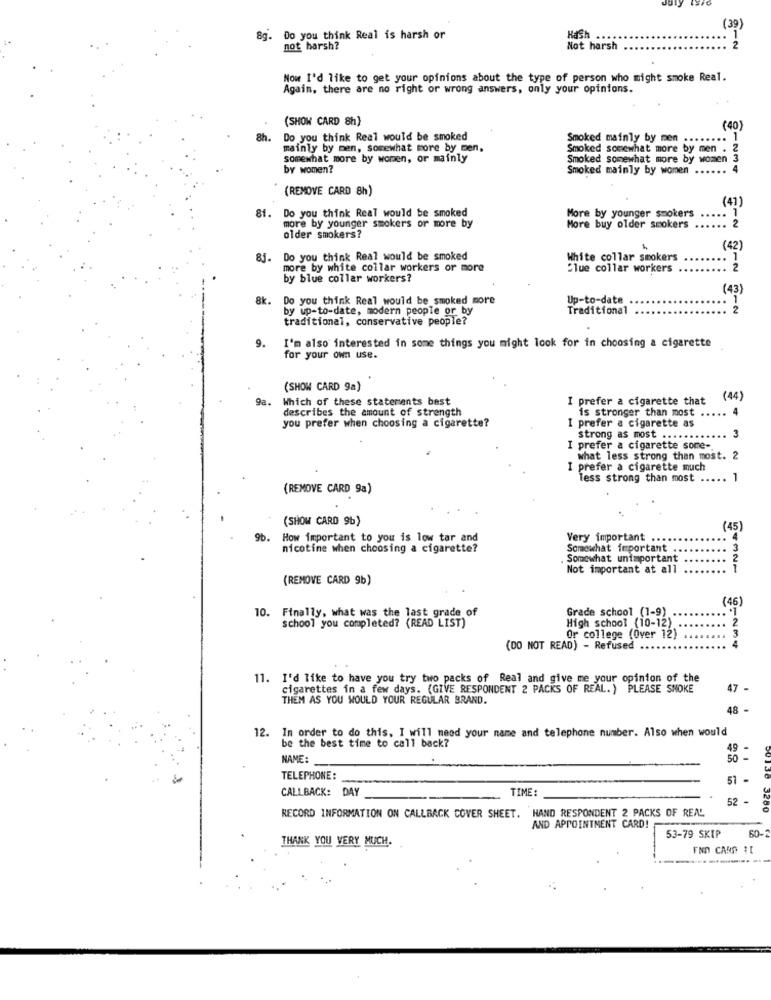
(39)
8g.
Do you think Real is harsh or
Hash
not harsh?
Not harsh
Now I'd like to get your opinions about the type of person who might smoke Real.
Again, there are no right or wrong answers, only your opinions.
(SHOW CARD 8h)
(40)
8h.
Do you think Real would be smoked
Smoked mainly by men
..
mainly by men, somewhat more by men,
Smoked somewhat more by men . 2
somewhat more by women, or mainly
Smoked somewhat more by women
by women?
Smoked mainly by women ...
4
(REMOVE CARD 8h)
(41)
More by younger smokers
. 1
. Do you think Real would be smoked
more by younger smokers or more by
More buy older smokers ..
... :
older smokers?
(42)
8j. Do you think Real would be smoked
White collar smokers
more by white collar workers or more
blue collar workers
... 2
by blue collar workers?
(43)
8k.
Do you think Real would be smoked more
Up-to-date
1
by up-to-date, modern people or by
Traditional
2
traditional, conservative people?
9.
I'm also interested in some things you might look for in choosing a cigarette
for your own use.
(SHOW CARD 9a)
9a.
Which of these statements best
I prefer a cigarette that
(44)
describes the amount of strength
is stronger than most .
4
you prefer when choosing a cigarette?
I prefer a cigarette as
strong as most ........
I prefer a cigarette some -.
what less strong than most. 2
prefer a cigarette much
Tess strong than most ...
1
(REMOVE CARD 9a)
(SHOW CARD 9b)
(45)
9b.
How important to you is low tar and
Very important
nicotine when choosing a cigarette?
Somewhat important
.3
Somewhat unimportant
Not important at all
(REMOVE CARD 9b)
(46)
10. Finally, what was the last grade of
Grade school (1-9)
school you completed? (READ LIST)
High school (10-12)
2
3
Or college (Over 12)
4
(DO NOT READ) - Refused ..
..
11. I'd like to have you try two packs of Real and give me your opinion of the
cigarettes in a few days. (GIVE RESPONDENT 2 PACKS OF REAL. ) PLEASE SNOKE
47 .
THEM AS YOU WOULD YOUR REGULAR BRAND.
48 -
12. In order to do this. I will need your name and telephone number. Also when would
be the best time to call back?
49
NAME:
50
TELEPHONE:
51 -
50138
CALLBACK: DAY
TIME:
52
RECORD INFORMATION ON CALLBACK COVER SHEET. HAND RESPONDENT 2 PACKS OF REAL
3280
AND APPOINTMENT CARD!
60-
THANK YOU VERY MUCH.
53-79 SKIP
END CAND I1